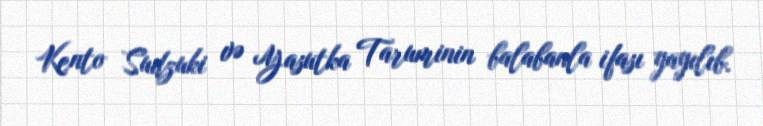
Kento Sudzuki və Yasutka Taruminin balabanla ifası yayılıb.